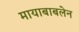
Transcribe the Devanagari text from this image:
मायाबाबलेन